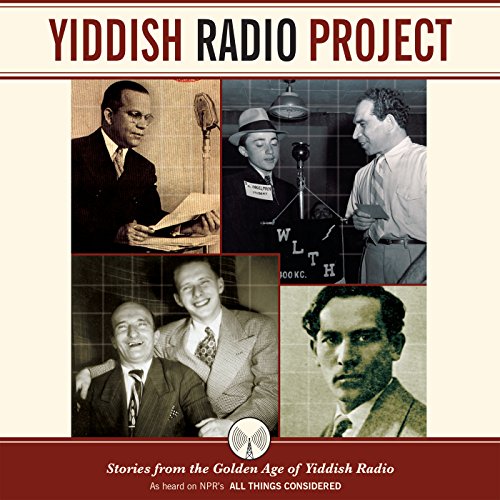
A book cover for Yiddish Radio Project: Stories from the Golden Age of Yiddish Radio; Humor & Entertainment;